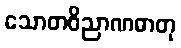
သောတဝိညာဏဓာတု